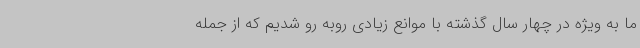
ما به ویژه در چهار سال گذشته با موانع زیادی روبه رو شدیم که از جمله